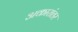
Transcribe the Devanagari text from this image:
अकारांतर